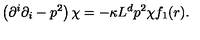
\left( \partial ^ { i } \partial _ { i } - p ^ { 2 } \right) \chi = - \kappa L ^ { d } p ^ { 2 } \chi f _ { 1 } ( r ) .